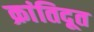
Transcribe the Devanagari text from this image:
क्रांतिदूत